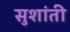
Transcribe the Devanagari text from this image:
सुशांती